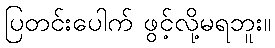
ပြတင်းပေါက် ဖွင့်လို့မရဘူး။